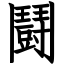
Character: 鬪